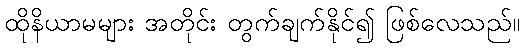
ထိုနိယာမများ အတိုင်း တွက်ချက်နိုင်၍ ဖြစ်လေသည်။